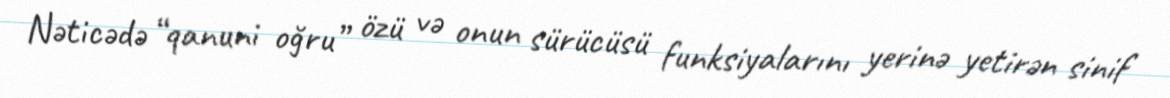
Nəticədə “qanuni oğru” özü və onun sürücüsü funksiyalarını yerinə yetirən sinif